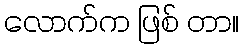
လောက်က ဖြစ် တာ။